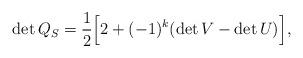
LaTeX: \begin{align*}\det Q_S=\frac{1}{2}\Big[2+(-1)^{k}(\det V-\det U)\Big],\end{align*}